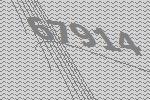
67914